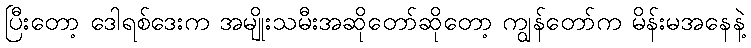
ပြီးတော့ ဒေါရစ်ဒေးက အမျိုးသမီးအဆိုတော်ဆိုတော့ ကျွန်တော်က မိန်းမအနေနဲ့